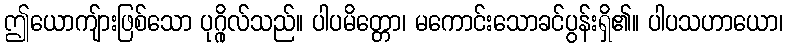
ဤယောကျ်ားဖြစ်သော ပုဂ္ဂိုလ်သည်။ ပါပမိတ္တော၊ မကောင်းသောခင်ပွန်းရှိ၏။ ပါပသဟာယော၊